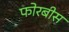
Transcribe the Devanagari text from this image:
फोरबीस